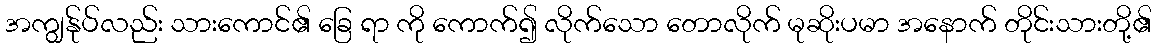
အကျွန်ုပ်လည်း သားကောင်၏ ခြေ ရာ ကို ကောက်၍ လိုက်သော တောလိုက် မုဆိုးပမာ အနောက် တိုင်းသားတို့၏